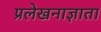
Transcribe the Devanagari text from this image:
प्रलेखनाज्ञाता